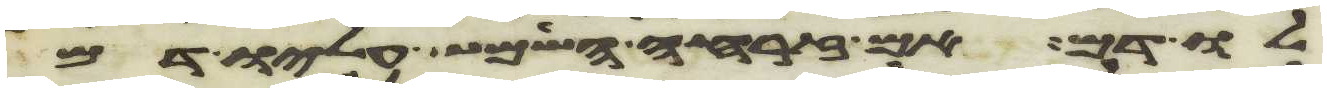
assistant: לו דם אם זרחה השמש עליו דם